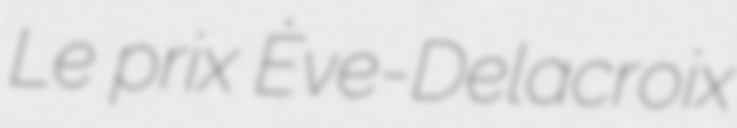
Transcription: Le prix Ève-Delacroix